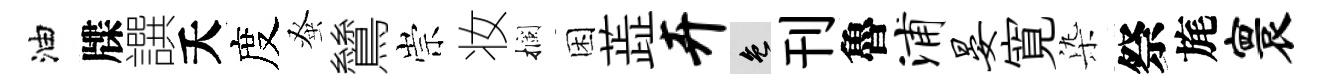
油牒譔夭度𫊫鷥崇妆攔困蕋卉色刊魯浦晏寛𣑱祭旄寰